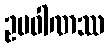
ဥပဝါဏဿ